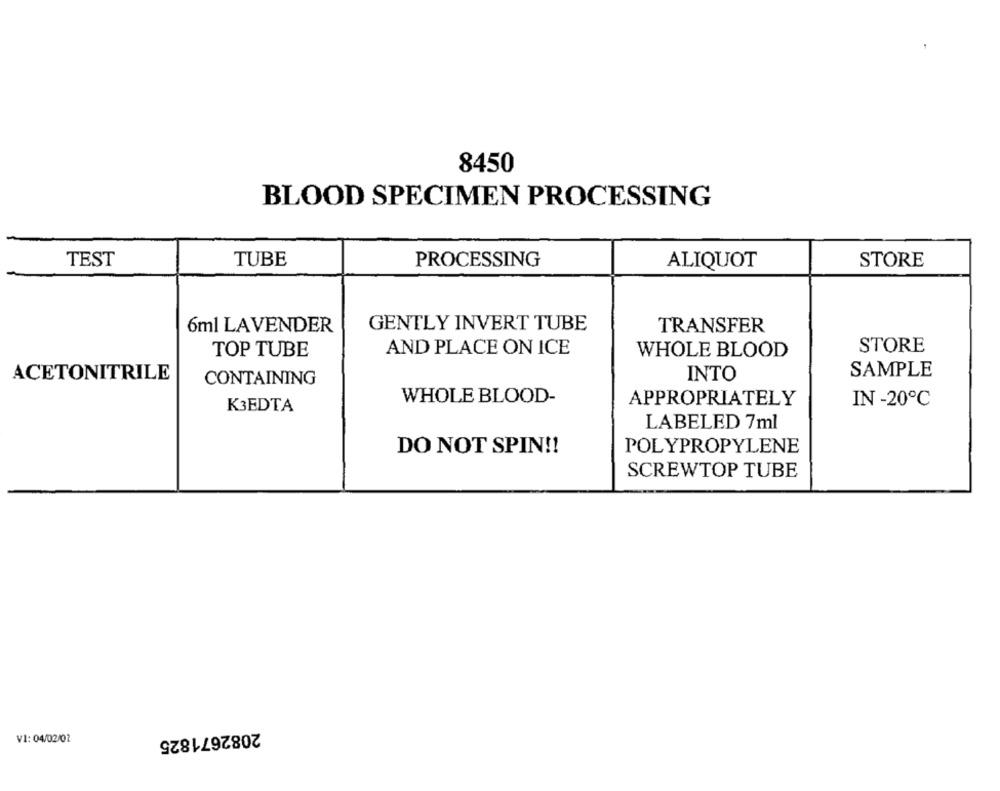
8450
BLOOD SPECIMEN PROCESSING
TEST
TUBE
PROCESSING
ALIQUOT
STORE
6ml LAVENDER
GENTLY INVERT TUBE
TRANSFER
STORE
TOP TUBE
AND PLACE ON ICE
WHOLE BLOOD
SAMPLE
ACETONITRILE
CONTAINING
INTO
WHOLE BLOOD-
APPROPRIATELY
IN -20℃
K3EDTA
LABELED 7ml
DO NOT SPIN !!
POLYPROPYLENE
SCREWTOP TUBE
2082671825
VI: 04/02/02